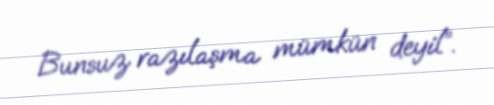
Bunsuz razılaşma mümkün deyil”.